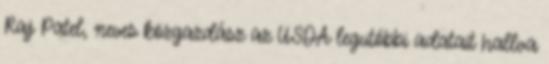
Raj Patel, neves közgazdász az USDA legutóbbi adatait hallva